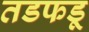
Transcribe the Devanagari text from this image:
तडफडू